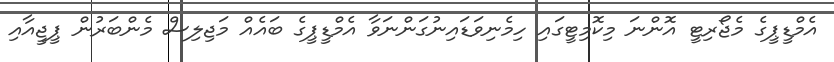
އެމްޑީޕީގެ މެޖޯރިޓީ އޮންނަ މިކޮމިޓީގައި ހިމެނިވަޑައިނުގަންނަވާ އެމްޑީޕީގެ ބައެއް މަޖިލިސް މެންބަރުން ޕީޖީއާއި